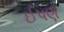
ઈપણ